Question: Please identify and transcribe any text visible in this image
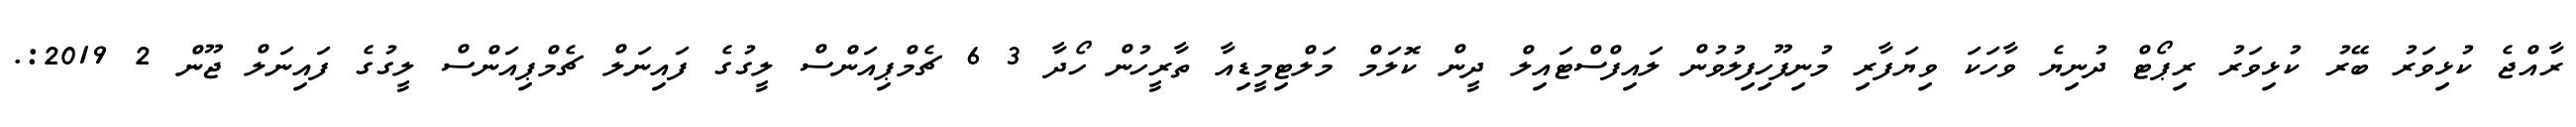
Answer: ރާއްޖެ ކުޅިވަރު ބޭރު ކުޅިވަރު ރިޕޯޓް ދުނިޔެ ވާހަކަ ވިޔަފާރި މުނިފޫހިފިލުވުން ލައިފްސްޓައިލް ދީން ކޮލަމް މަލްޓިމީޑިއާ ތާރީހުން ހޯދާ 3 6 ޗެމްޕިއަންސް ލީގުގެ ފައިނަލް ޗެމްޕިއަންސް ލީގުގެ ފައިނަލް ޖޫން 2 2019:.